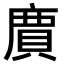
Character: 𮚊